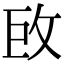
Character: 𢼑